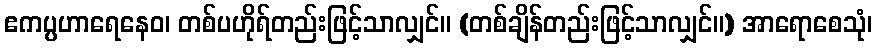
ဧကပ္ပဟာရေနေဝ၊ တစ်ပဟိုရ်တည်းဖြင့်သာလျှင်။ (တစ်ချိန်တည်းဖြင့်သာလျှင်။) အာရောစေသုံ၊